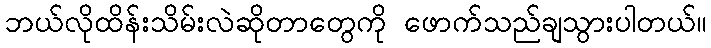
ဘယ်လိုထိန်းသိမ်းလဲဆိုတာတွေကို ဖောက်သည်ချသွားပါတယ်။